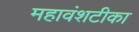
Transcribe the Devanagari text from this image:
महावंशटीका